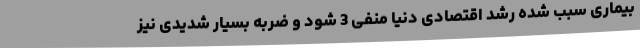
بیماری سبب شده رشد اقتصادی دنیا منفی 3 شود و ضربه بسیار شدیدی نیز